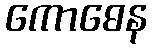
ကောဓေန